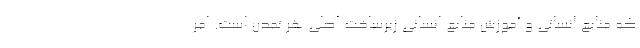
که منابع انسانی و آموزش منابع انسانی زیرساخت اصلی هر تمدن است. امر